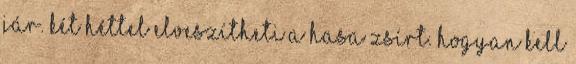
jár. Két héttel elveszítheti a hasa zsírt. Hogyan kell